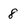
Character: 8